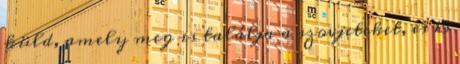
küld, amely meg is találja a szovjeteket, és 15